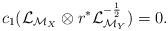
LaTeX: \begin{align*}c_{1}(\mathcal{L}_{\mathcal{M}_{X}}\otimes r^{*}\mathcal{L}_{\mathcal{M}_{Y}}^{-\frac{1}{2}})=0. \end{align*}